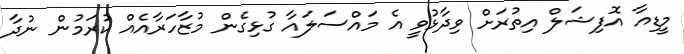
މީޑިއާ އޮފިޝަލް އިތުރަށް ވިދާޅުވީ އެ މައްސަލައާ ގުޅިގެން މުޒާހަރާއެއް ކުރަމުން ނުދާ